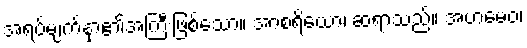
အရပ်မျက်နှာ၏အကြီးဖြစ်သော။ အာစရိယော၊ ဆရာသည်။ အဟမေဝ၊